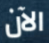
الآن